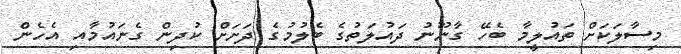
މިސާލަކަށް ތައުލީމާ ބެހޭ ގާނޫނު ދައުލަތުގެ ބެލުމުގެ ދަށަށް ކުދިން ގެނައުމާއި އެހެން